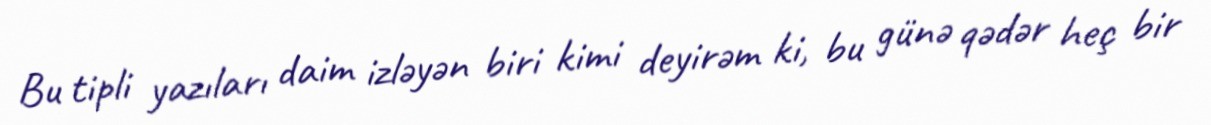
Bu tipli yazıları daim izləyən biri kimi deyirəm ki, bu günə qədər heç bir